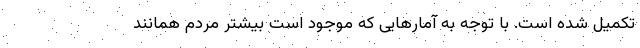
تکمیل شده است. با توجه به آمارهایی که موجود است بیشتر مردم همانند